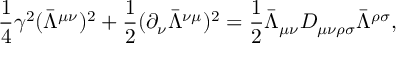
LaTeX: \frac { 1 } { 4 } \gamma ^ { 2 } ( \bar { \Lambda } ^ { \mu \nu } ) ^ { 2 } + \frac { 1 } { 2 } ( \partial _ { \nu } \bar { \Lambda } ^ { \nu \mu } ) ^ { 2 } = \frac { 1 } { 2 } \bar { \Lambda } _ { \mu \nu } D _ { \mu \nu \rho \sigma } \bar { \Lambda } ^ { \rho \sigma } ,